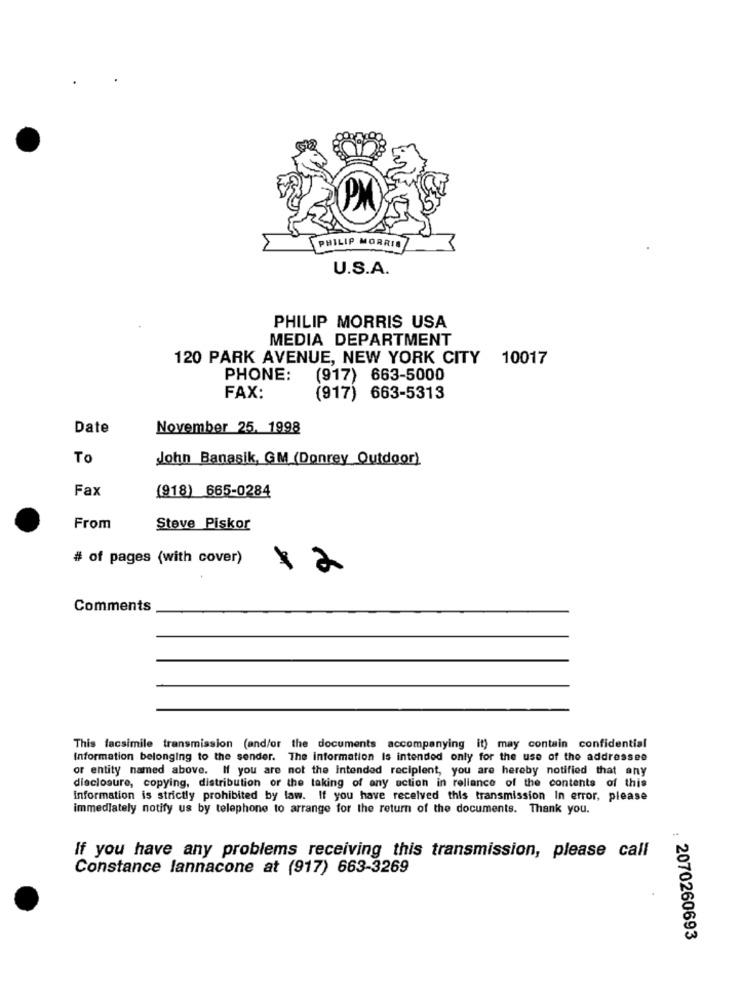
PHILIP MORRIS
U.S.A.
PHILIP MORRIS USA
MEDIA DEPARTMENT
120 PARK AVENUE, NEW YORK CITY 10017
PHONE:
(917) 663-5000
FAX:
(917) 663-5313
Date
November 25. 1998
To
John Banasik, GM (Donrey Outdoor)
Fax
(918) 665-0284
From
Steve Piskor
# of pages (with cover)
12
Comments
This facsimile transmission (and/or the documents accompanying it) may contain confidential
Information belonging to the sender. The information Is intended only for the use of the addressee
or entity named above. If you are not the Intended recipient, you are hereby notified that any
disclosure, copying, distribution or the taking of any action in reliance of the contents of this
Information is strictly prohibited by law. If you have received this transmission In error, please
immediately notify us by telephone to arrange for the return of the documents. Thank you.
If you have any problems receiving this transmission, please call
Constance lannacone at (917) 663-3269
: 2070260693